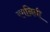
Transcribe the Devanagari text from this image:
रमनिनी